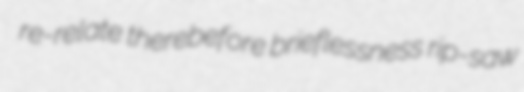
re-relate therebefore brieflessness rip-saw